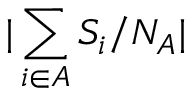
| \sum _ { i \in { \cal A } } S _ { i } / N _ { A } |